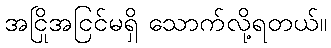
အငြိုအငြင်မရှိ သောက်လို့ရတယ်။